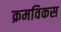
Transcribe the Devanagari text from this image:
क्रमविकस